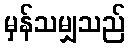
မှန်သမျှသည်